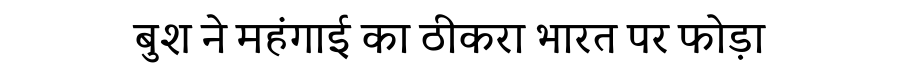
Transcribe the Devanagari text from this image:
बुश ने महंगाई का ठीकरा भारत पर फोड़ा